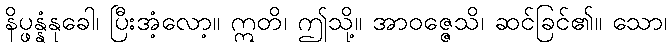
နိပ္ဖန္နံနုခေါ၊ ပြီးအံ့လော့။ ဣတိ၊ ဤသို့။ အာဝဇ္ဇေသိ၊ ဆင်ခြင်၏။ သော၊